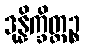
ဒုန္နိက္ခိတ္တဉ္စ